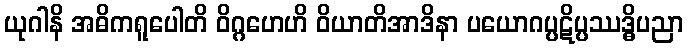
ယုဂါနိ အဓိကရူပေါတိ ဝိဂ္ဂဟေဟိ ဝိယာတိအာဒိနာ ပယောဂပ္ပဋိပ္ပဿဒ္ဓိပညာ